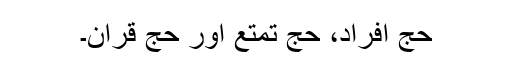
حج افراد، حج تمتع اور حج قران۔